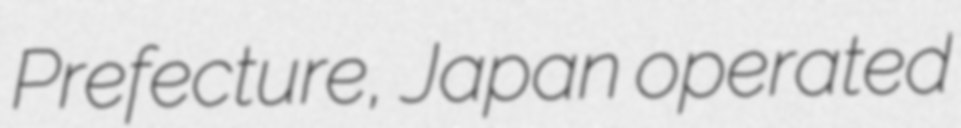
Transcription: Prefecture, Japan operated